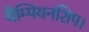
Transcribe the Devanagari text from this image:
चैम्पियनशिप।